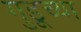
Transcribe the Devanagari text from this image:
गुडूच्या